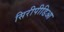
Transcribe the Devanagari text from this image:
सिरीपीडिआ